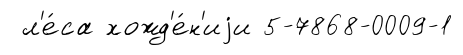
л'е́са хожд'е́н'иjи 5-7868-0009-1